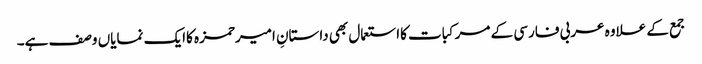
جمع کے علاوہ عربی فارسی کے مرکبات کااستعمال بھی داستانِ امیرحمزہ کاایک نمایاں وصف ہے۔